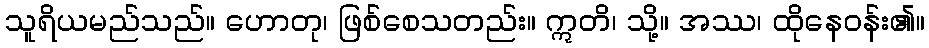
သူရိယမည်သည်။ ဟောတု၊ ဖြစ်စေသတည်း။ ဣတိ၊ သို့။ အဿ၊ ထိုနေဝန်း၏။